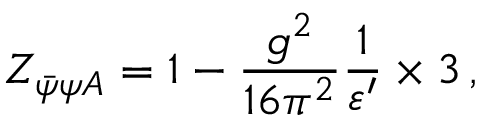
Z _ { \bar { \psi } \psi A } = 1 - \frac { g ^ { 2 } } { 1 6 \pi ^ { 2 } } \frac { 1 } { \varepsilon ^ { \prime } } \times 3 \, ,